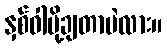
နှစ်ဝါပို့ချတာပဲလား။